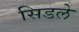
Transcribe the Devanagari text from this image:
सिडले